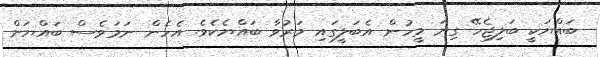
ބައްޔަކީ ބަލިޖެހޭ ގިނަ މީހުން އެބަލީގައި މަރުވާ ބައްޔެކެވެ. އެހެން ނަމަވެސް ބައްޔަށް